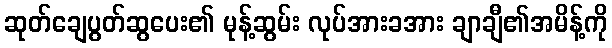
ဆုတ်ချေပွတ်ဆွပေး၏ မုန့်ဆွမ်း လုပ်အားခအား ချာချီ၏အမိန့်ကို